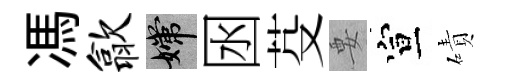
馮歙嫦囦芟要宣磧